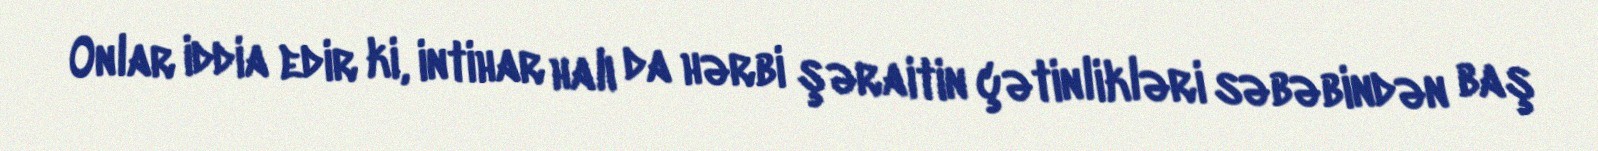
Onlar iddia edir ki, intihar halı da hərbi şəraitin çətinlikləri səbəbindən baş